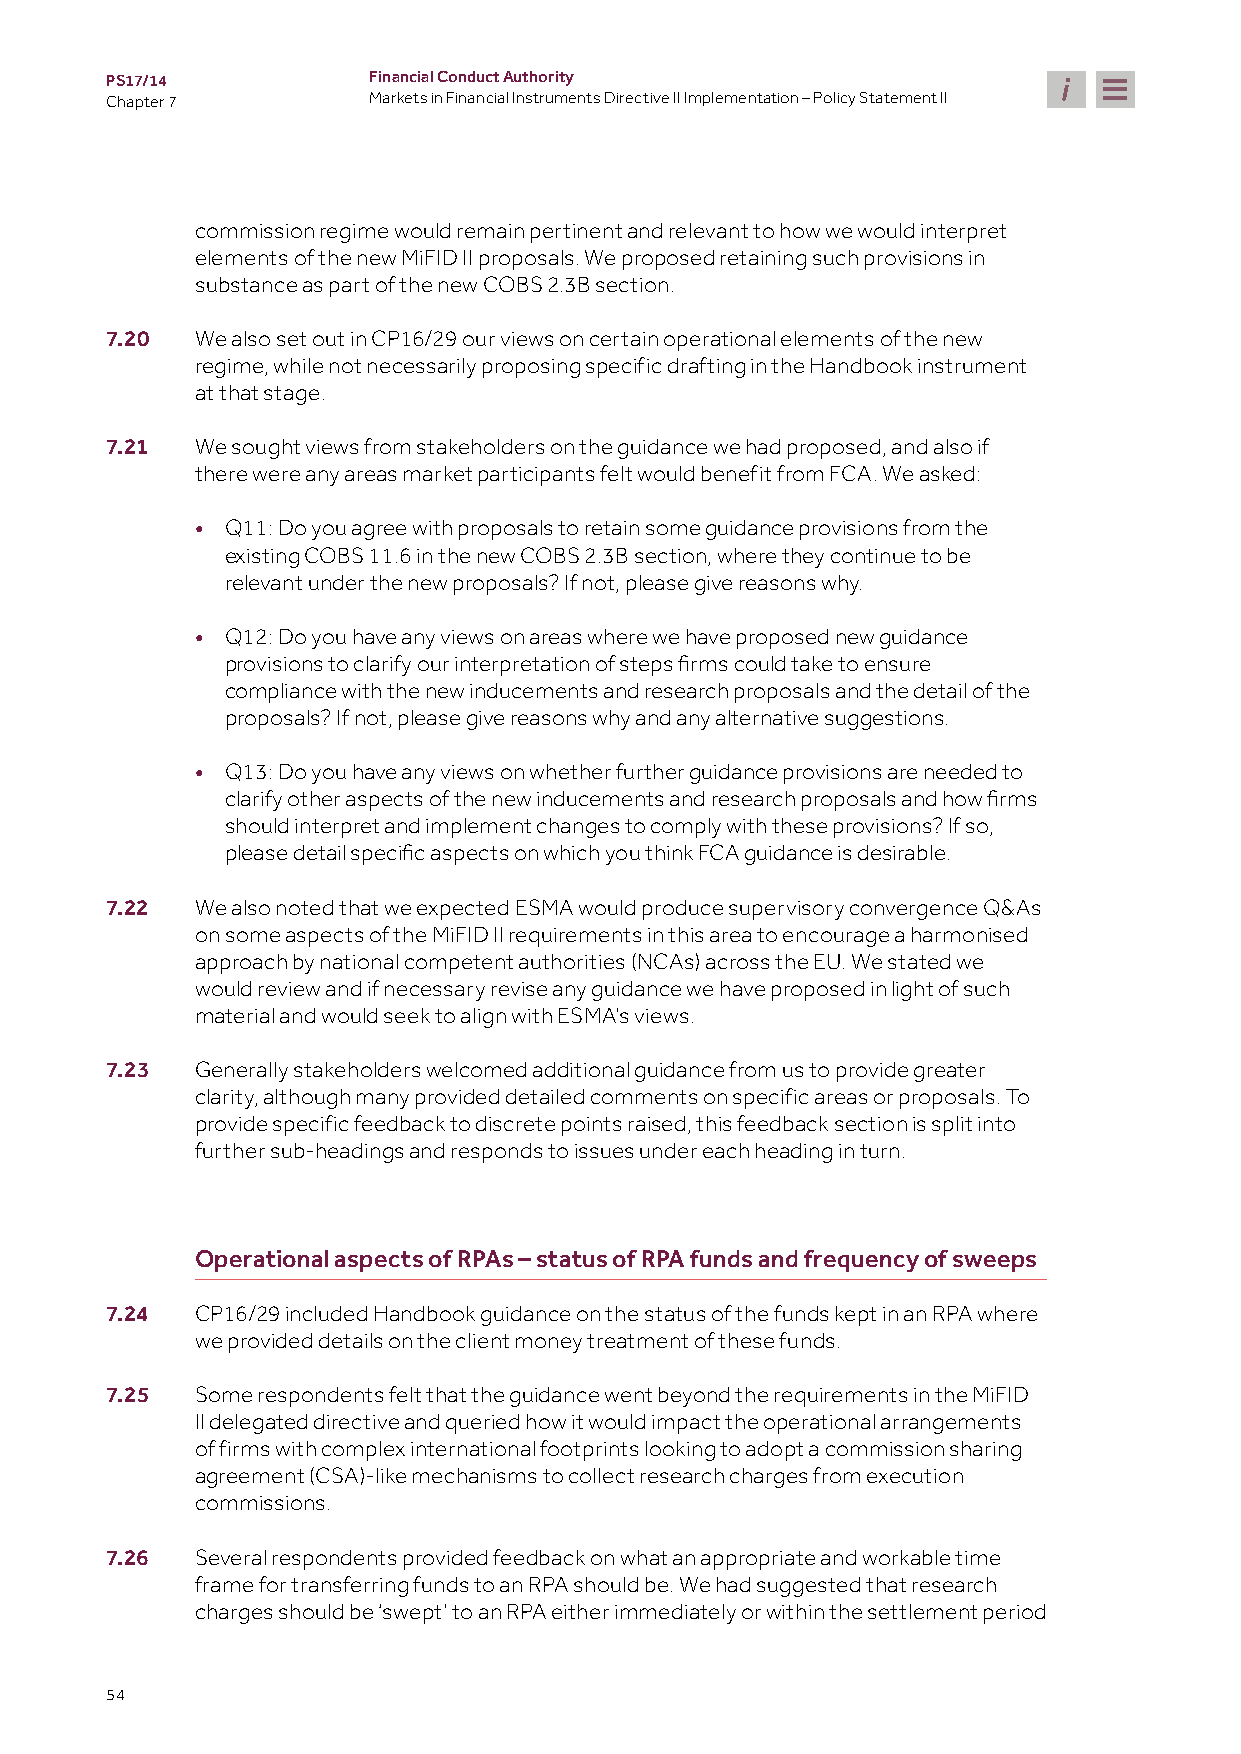
PS17/14          Financial Conduct Authority
 Chapter 7        Markets in Financial Instruments Directive II Implementation – Policy Statement II
 commission regime would remain pertinent and relevant to how we would interpret
 elements of the new MiFID II proposals. We proposed retaining such provisions in
 substance as part of the new COBS 2.3B section.
 7.20  We also set out in CP16/29 our views on certain operational elements of the new
 regime, while not necessarily proposing specific drafting in the Handbook instrument
 at that stage.
 7.21  We sought views from stakeholders on the guidance we had proposed, and also if
 there were any areas market participants felt would benefit from FCA. We asked:
 • Q11: Do you agree with proposals to retain some guidance provisions from the
 existing COBS 11.6 in the new COBS 2.3B section, where they continue to be
 relevant under the new proposals? If not, please give reasons why.
 • Q12: Do you have any views on areas where we have proposed new guidance
 provisions to clarify our interpretation of steps firms could take to ensure
 compliance with the new inducements and research proposals and the detail of the
 proposals? If not, please give reasons why and any alternative suggestions.
 • Q13: Do you have any views on whether further guidance provisions are needed to
 clarify other aspects of the new inducements and research proposals and how firms
 should interpret and implement changes to comply with these provisions? If so,
 please detail specific aspects on which you think FCA guidance is desirable.
 7.22  We also noted that we expected ESMA would produce supervisory convergence Q&As
 on some aspects of the MiFID II requirements in this area to encourage a harmonised
 approach by national competent authorities (NCAs) across the EU. We stated we
 would review and if necessary revise any guidance we have proposed in light of such
 material and would seek to align with ESMA’s views.
 7.23  Generally stakeholders welcomed additional guidance from us to provide greater
 clarity, although many provided detailed comments on specific areas or proposals. To
 provide specific feedback to discrete points raised, this feedback section is split into
 further sub-headings and responds to issues under each heading in turn.
 Operational aspects of RPAs – status of RPA funds and frequency of sweeps
 7.24  CP16/29 included Handbook guidance on the status of the funds kept in an RPA where
 we provided details on the client money treatment of these funds.
 7.25  Some respondents felt that the guidance went beyond the requirements in the MiFID
 II delegated directive and queried how it would impact the operational arrangements
 of firms with complex international footprints looking to adopt a commission sharing
 agreement (CSA)-like mechanisms to collect research charges from execution
 commissions.
 7.26  Several respondents provided feedback on what an appropriate and workable time
 frame for transferring funds to an RPA should be. We had suggested that research
 charges should be ‘swept’ to an RPA either immediately or within the settlement period
 54